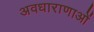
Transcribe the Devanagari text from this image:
अवधाराणाओं